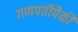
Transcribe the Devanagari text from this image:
गणपतीपैकी